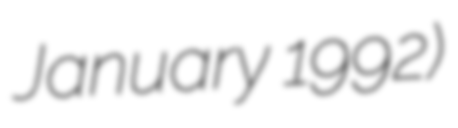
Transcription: January 1992)